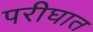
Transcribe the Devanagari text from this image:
परीघात